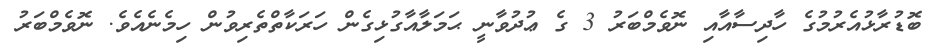
ބޮޑުރާޅުއެރުމުގެ ހާދިސާއާއި ނޮވެމްބަރު 3 ގެ ޢުދުވާނީ ޙަމަލާއާގުޅިގެން ހަރަކާތްތެރިވުން ހިމެނެއެވެ. ނޮވެމްބަރު